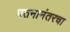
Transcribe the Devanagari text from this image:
पतनानंतरचा